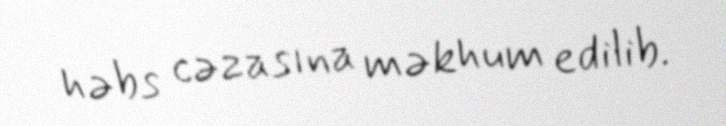
həbs cəzasına məkhum edilib.